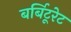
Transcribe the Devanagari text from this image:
बर्बिटूरेट